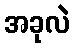
အခုလဲ